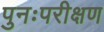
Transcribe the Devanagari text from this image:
पुनःपरीक्षण